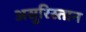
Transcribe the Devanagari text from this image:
असुरिस्तान